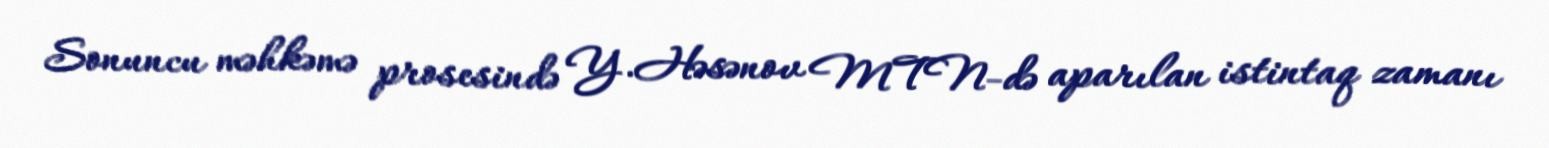
Sonuncu məhkəmə prosesində Y.Həsənov MTN-də aparılan istintaq zamanı